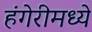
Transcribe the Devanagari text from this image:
हंगेरीमध्ये